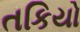
તકિયો